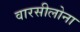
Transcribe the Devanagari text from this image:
वारसीलोना